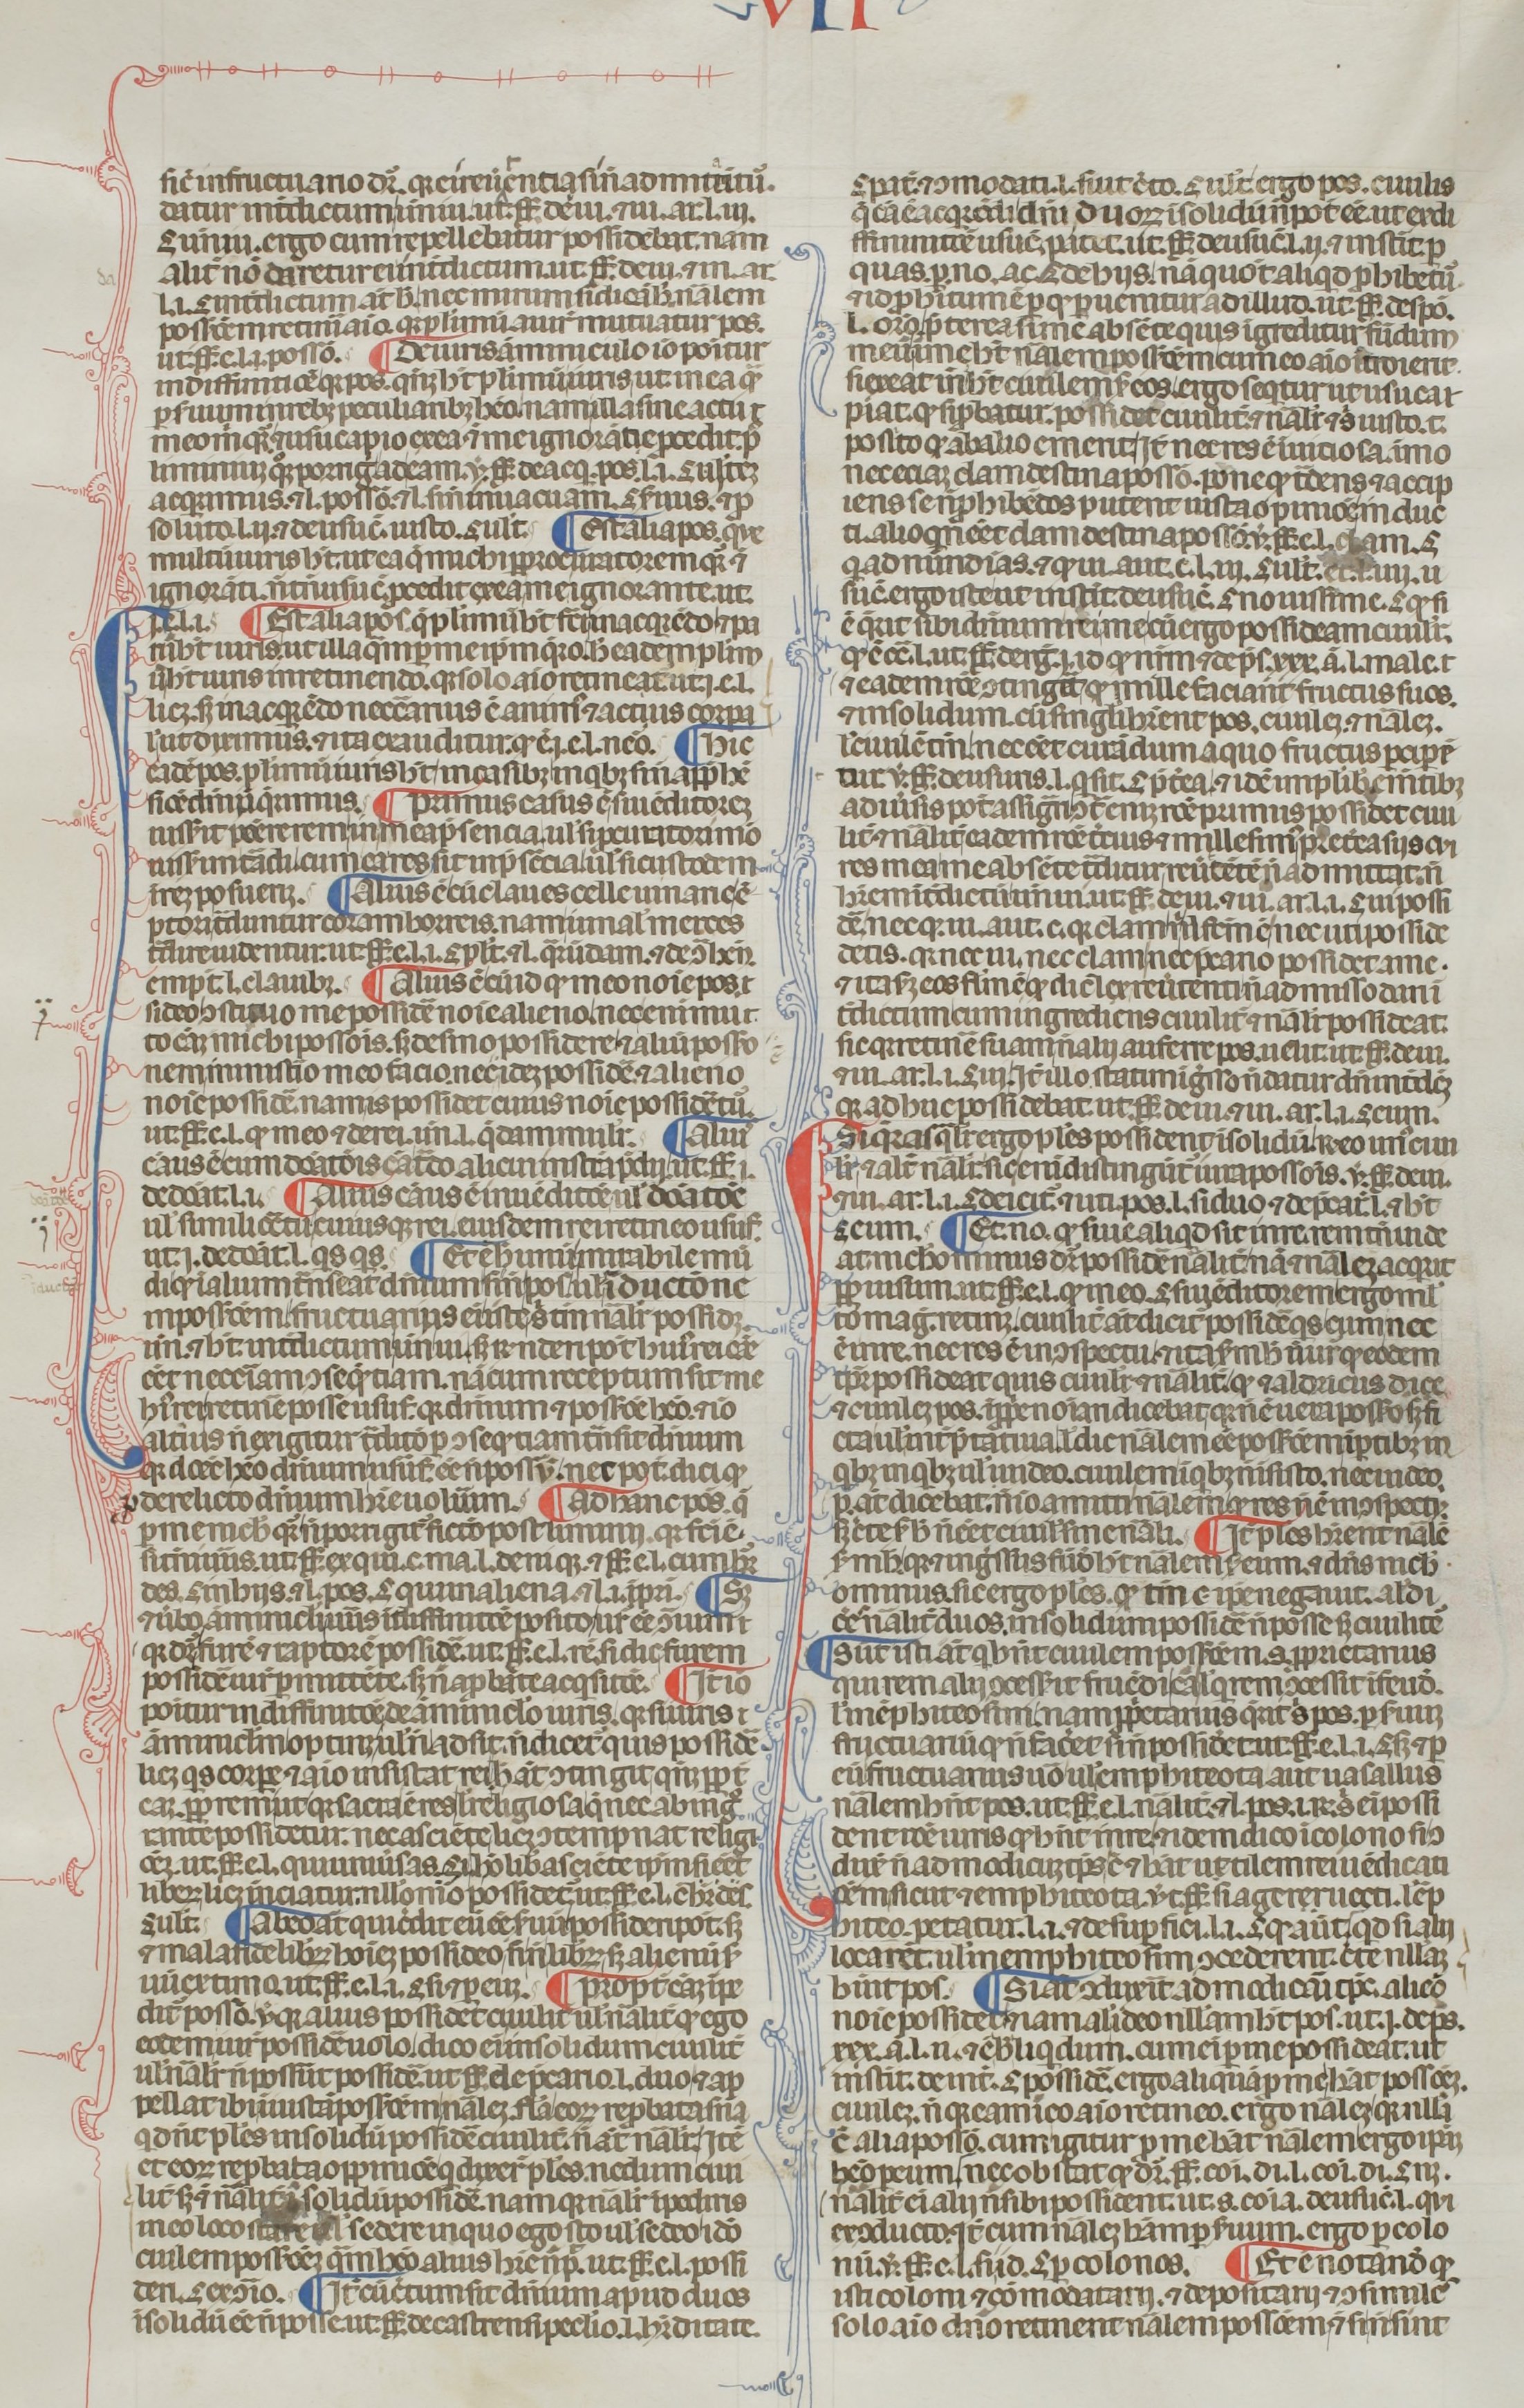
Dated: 1300–1399